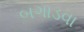
બગાડવા